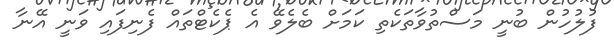
ފުލުހުން ބުނީ މަސްތުވާތަކެތި ކަމަށް ބެލެވޭ އެ ޕެކެޓްތައް ފެނިފައި ވަނީ އޭނާ